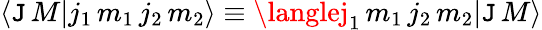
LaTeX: \langle\mathtt{J}\, M|j_{1}\, m_{1}\, j_{2}\, m_{2}\rangle\equiv\langlej_{1}\, m_{1}\, j_{2}\, m_{2}|\mathtt{J}\, M\rangle